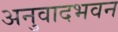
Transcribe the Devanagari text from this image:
अनुवादभवन